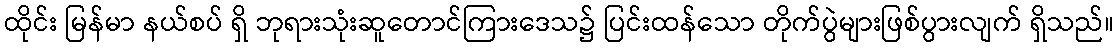
ထိုင်း မြန်မာ နယ်စပ် ရှိ ဘုရားသုံးဆူတောင်ကြားဒေသ၌ ပြင်းထန်သော တိုက်ပွဲများဖြစ်ပွားလျက် ရှိသည်။